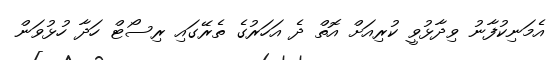
އެމަނިކުފާނު ވިދާޅުވީ ކުރިއަށް އޮތް ދެ އަހަރުގެ ތެރޭގައި ރިސޯޓް ހަދާ ހުޅުވަން